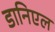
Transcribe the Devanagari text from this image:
डानिएल